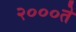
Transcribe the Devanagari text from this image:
२०००ते